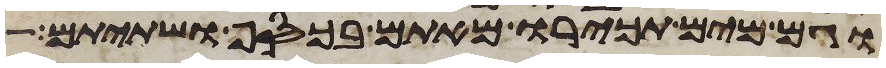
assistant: וגם מים תכירו מאתם בכסף ושתיתם